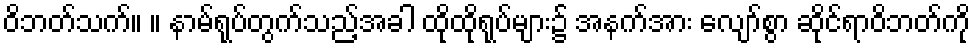
ဝိဘတ်သက်။ ။ နာမ်ရုပ်တွက်သည့်အခါ ထိုထိုရုပ်များ၌ အနက်အား လျော်စွာ ဆိုင်ရာဝိဘတ်ကို